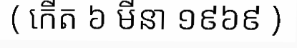
( កើត ៦ មីនា ១៩៦៩ )